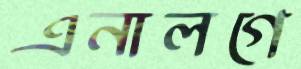
এনালগে